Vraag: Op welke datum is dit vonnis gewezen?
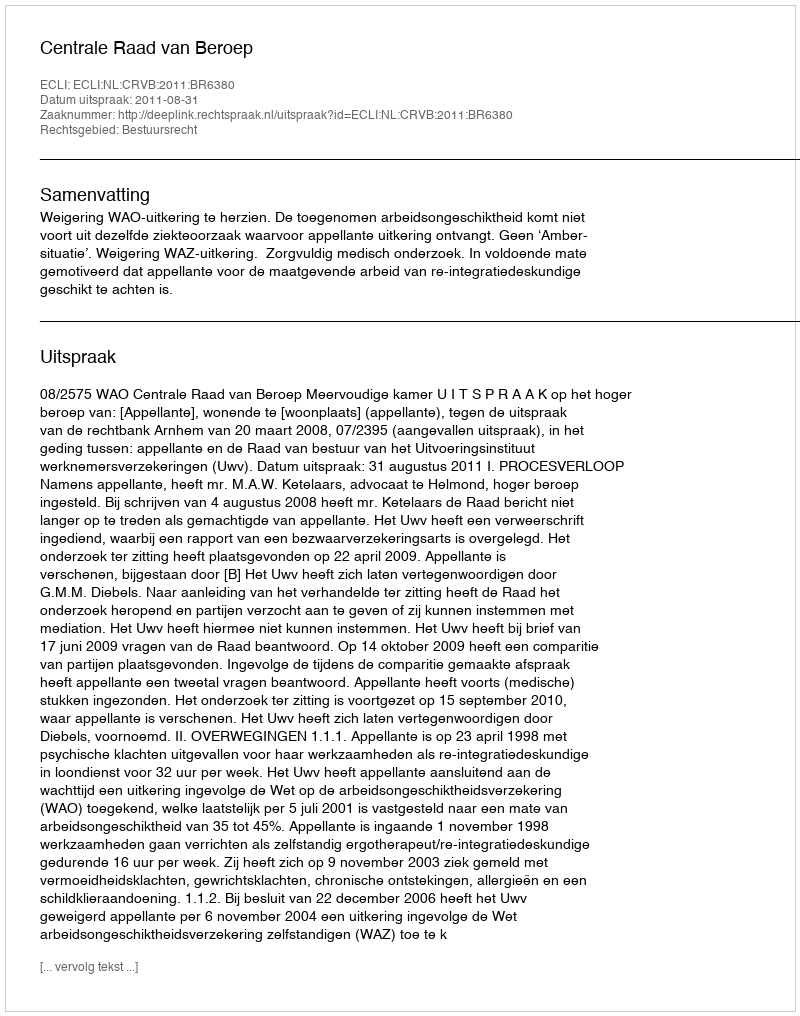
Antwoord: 2011-08-31